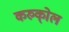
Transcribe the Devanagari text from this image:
करुको्ल